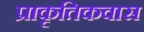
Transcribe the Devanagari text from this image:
प्राकृतिकवास